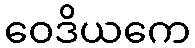
ဝေဒိယကေ